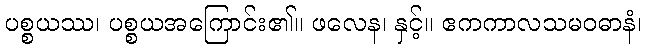
ပစ္စယဿ၊ ပစ္စယအကြောင်း၏။ ဖလေန၊ နှင့်။ ဧကကာလသမဝဓာနံ၊